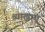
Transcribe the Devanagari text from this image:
व्याखाएं